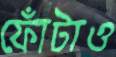
ফোঁটাও